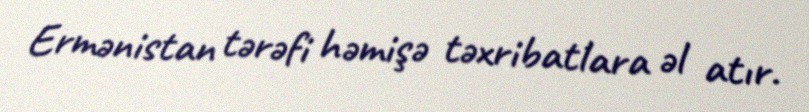
Ermənistan tərəfi həmişə təxribatlara əl atır.